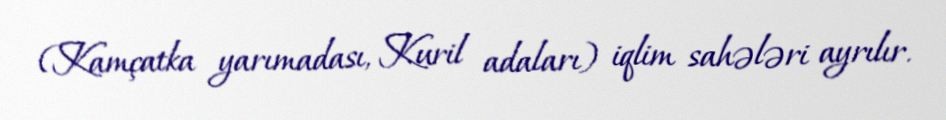
(Kamçatka yarımadası, Kuril adaları) iqlim sahələri ayrılır.